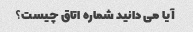
آیا می دانید شماره اتاق چیست؟